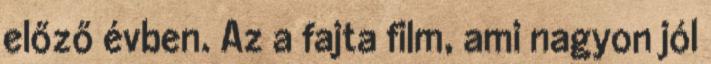
előző évben. Az a fajta film, ami nagyon jól